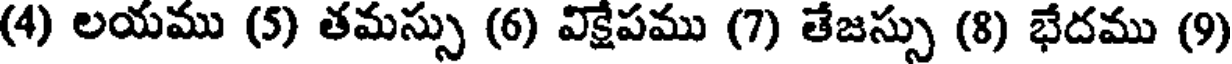
(4) లయము (5) తమస్సు (6) విక్షేపము (7) తేజస్సు (8) భేదము (9)